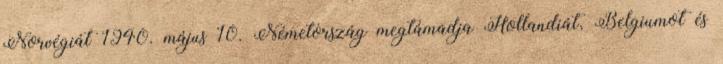
Norvégiát 1940. május 10. Németország megtámadja Hollandiát, Belgiumot és